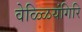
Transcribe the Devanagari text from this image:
वेळ्ळियंगिरि